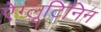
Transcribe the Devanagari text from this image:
ऐग्लूटिनिन